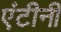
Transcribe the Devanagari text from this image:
एंटीनी